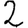
Digit: 2